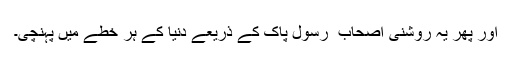
اور پھر یہ روشنی اصحاب ِ رسول پاک کے ذریعے دنیا کے ہر خطے میں پہنچی۔